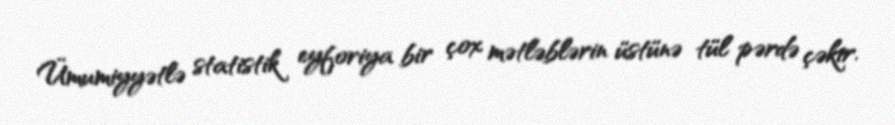
Ümumiyyətlə statistik eyforiya bir çox mətləblərin üstünə tül pərdə çəkir.